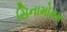
સિનામોમમ